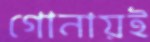
গোনায়ই